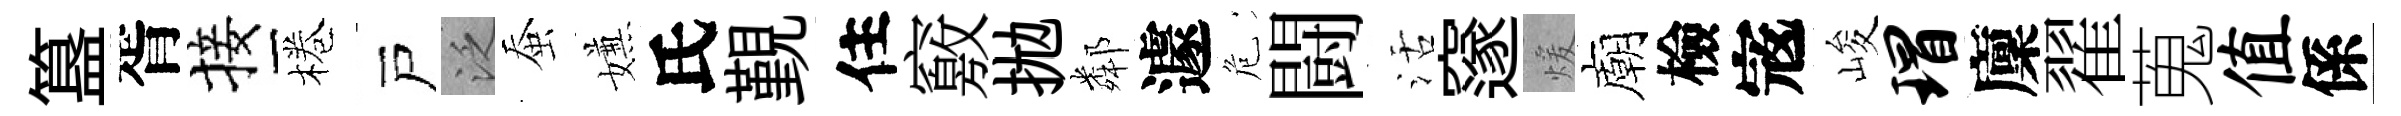
簋胥接棬戸泛蚕嫌氏覲住竅拋鄰遽危闘活邃煖廟檢𡨥峻瑁廩翟蒐值係